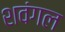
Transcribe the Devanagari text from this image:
शवंगल